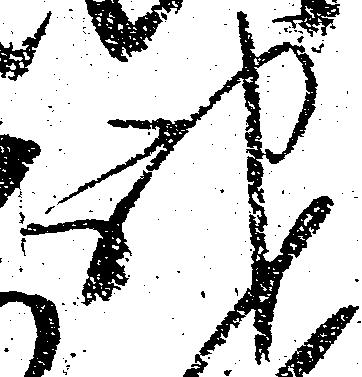
神